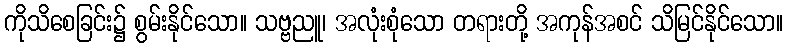
ကိုသိစေခြင်း၌ စွမ်းနိုင်သော။ သဗ္ဗညူ၊ အလုံးစုံသော တရားတို့ အကုန်အစင် သိမြင်နိုင်သော။